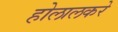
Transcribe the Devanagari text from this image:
होलालकरे